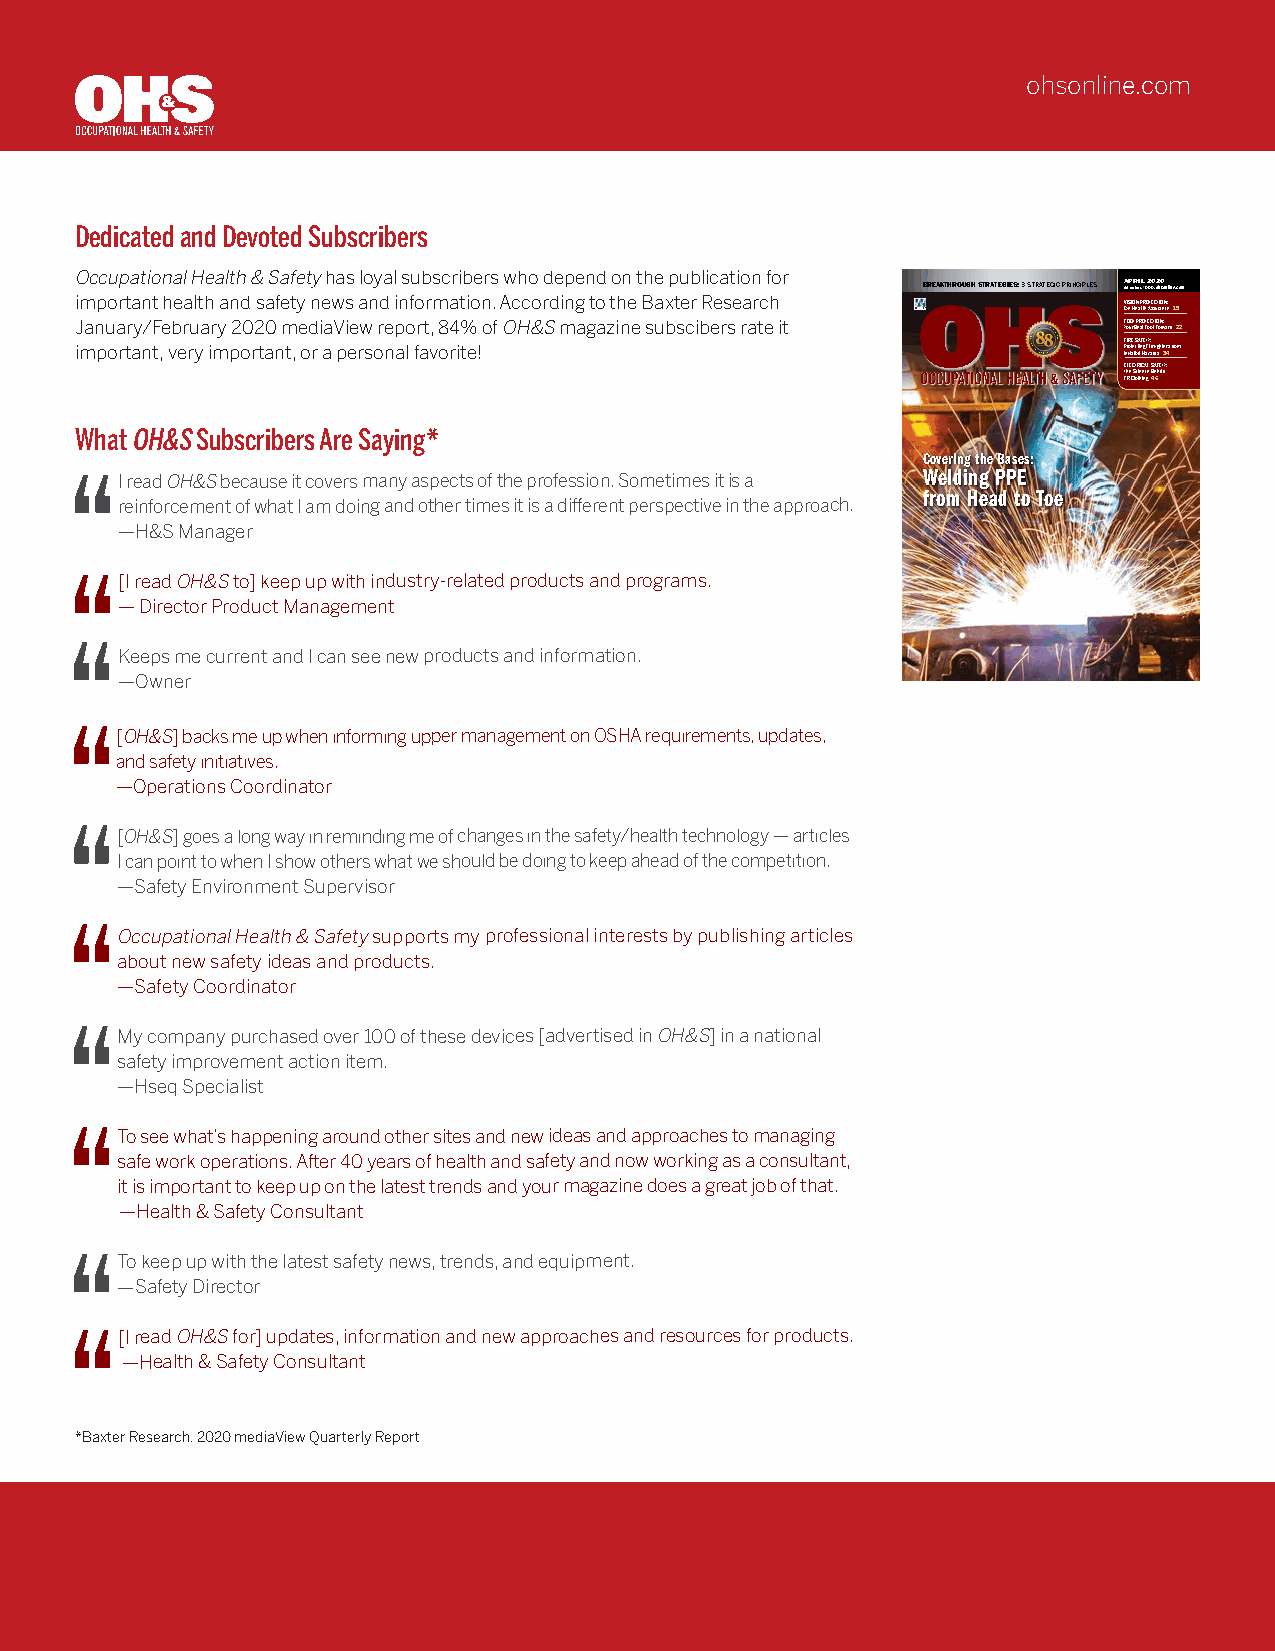
ohsonline.com
 Dedicated and Devoted Subscribers
 Occupational Health & Safety has loyal subscribers who depend on the publication for
 BREAKTHROUGH STRATEGIES: 3 STRATEGIC PRINCIPLES A VOLP . 89R NOI . 3L | w2 w0 w.2 oh0 so n line.com
 important health and safety news and information. According to the Baxter Research VISION PROTECTION:
 Eye Health Assurance 15
 January/February 2020 mediaView report, 84% of OH&S magazine subscibers rate it F YoO uO r T B P eR sO t FTE oC otT I FO oN rw: ard 22
 FIRE SAFETY:
 important, very important, or a personal favorite!                   P Inr vo it se ibc lt ein Hg aF zi are rfi dg sh t 3e 4rs from
 ELECTRICAL SAFETY:
 The Science Behind
 FR Clothing 46
 What OH&S Subscribers Are Saying*
 Covering the Bases:
 I read because it covers many aspects of the profession. Sometimes it is a Welding PPE
 from Head to Toe
 reinforcement of what I am doing and other times it is a different perspective in the approach.
 —H&S Manager
 [I read to] keep up with industry-related products and programs.
 — Director Product Management
 Keeps me current and I can see new products and information.
 —Owner
 [  ] backs me up when informing upper management on OSHA requirements, updates,
 and safety initiatives.
 —Operations Coordinator
 [  ] goes a long way in reminding me of changes in the safety/health technology — articles
 I can point to when I show others what we should be doing to keep ahead of the competition.
 —Safety Environment Supervisor
 supports my professional interests by publishing articles
 about new safety ideas and products.
 —Safety Coordinator
 My company purchased over 100 of these devices [advertised in ] in a national
 safety improvement action item.
 —Hseq Specialist
 To see what’s happening around other sites and new ideas and approaches to managing
 safe work operations. After 40 years of health and safety and now working as a consultant,
 it is important to keep up on the latest trends and your magazine does a great job of that.
 —Health & Safety Consultant
 To keep up with the latest safety news, trends, and equipment.
 —Safety Director
 [I read for] updates, information and new approaches and resources for products.
 —Health & Safety Consultant
 *Baxter Research, 2020 mediaView Quarterly Report
 O
 O
 O
 H
 H
 cc
 &
 &
 u
 O
 S
 S
 p
 H
 O
 ta
 O
 &
 H
 oi
 H
 S
 &
 n
 &
 S
 a
 S
 H l e a tl h & S a ef t y
 O H & S